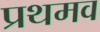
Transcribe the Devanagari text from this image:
प्रथमव